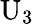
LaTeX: \mathrm{{U}}_{3}